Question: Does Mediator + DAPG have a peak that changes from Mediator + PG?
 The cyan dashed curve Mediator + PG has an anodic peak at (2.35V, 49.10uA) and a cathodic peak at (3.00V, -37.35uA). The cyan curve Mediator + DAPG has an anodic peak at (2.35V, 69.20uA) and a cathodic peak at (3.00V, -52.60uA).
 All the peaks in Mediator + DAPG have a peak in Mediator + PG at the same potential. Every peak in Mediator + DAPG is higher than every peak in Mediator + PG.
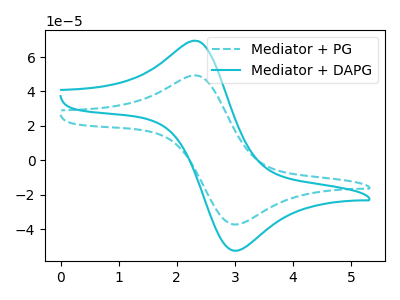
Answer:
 <answer>No, "Mediator + DAPG" and "Mediator + PG" don't appear to be significantly different in shape</answer>
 <eval>no_change</eval>